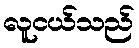
လူငယ်သည်